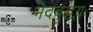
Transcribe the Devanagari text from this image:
भेदबुद्धयः